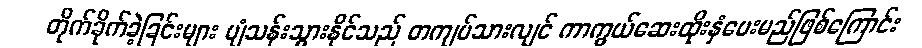
တိုက်ခိုက်ခဲ့ခြင်းများ ပျံသန်းသွားနိုင်သည် တကျပ်သားလျင် ကာကွယ်ဆေးထိုးနှံပေးမည်ဖြစ်ကြောင်း